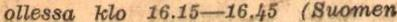
ollessa klo 16.15-16.45 (Suomen